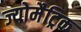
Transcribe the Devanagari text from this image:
ज्योमैट्रिक